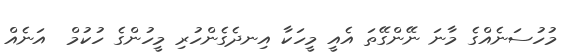
މުހުސަނެއްގެ މާނަ ނޭންގޭތަ އެއީ މީހަކާ އިނދެގެންހުރި މީހުންގެ ހުކުމް  އަނެއް